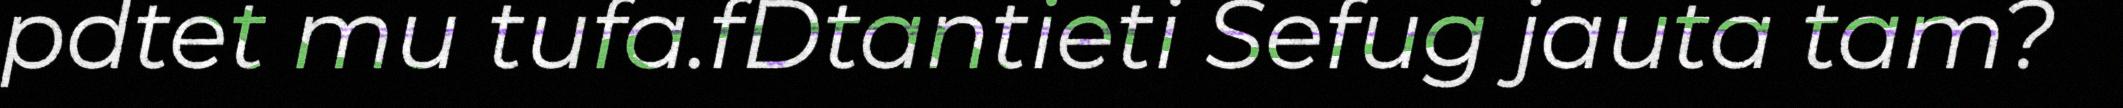
pdtet mu tufa.fDtantieti Sefug jauta tam?